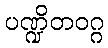
ပဏ္ဍိတဝဂ္ဂ